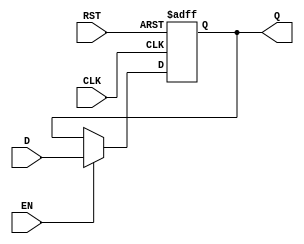
module ForwardingRegister (
    input wire [31:0] D,       // Current Data Input
    input wire EN,             // Forward Enable Signal
    input wire CLK,            // Clock Signal
    input wire RST,            // Reset Signal
    output reg [31:0] Q        // Forwarded Data Output
);

// Asynchronous reset and synchronous data capture
always @(posedge CLK or posedge RST) begin
    if (RST) begin
        Q <= 32'b0;            // Clear the register to zero on reset
    end else if (EN) begin
        Q <= D;                // Capture the input data when enabled
    end
    // If EN is low, retain the previous value of Q
end

endmodule